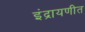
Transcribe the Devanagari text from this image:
इंद्रायणीत